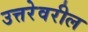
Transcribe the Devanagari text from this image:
उत्तरेवरील